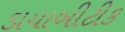
ડાયાબીટીક